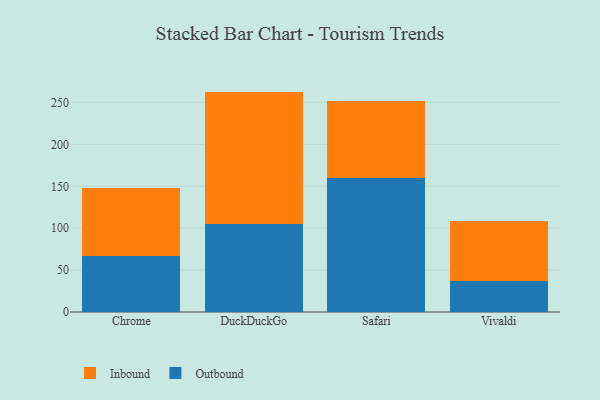
{"axis": {"x": "Browser", "y": "Temperature (°C)"}, "legend": ["Inbound", "Outbound"], "data": [{"x": "Chrome", "y": 67.2, "type": "Outbound"}, {"x": "Chrome", "y": 80.2, "type": "Inbound"}, {"x": "DuckDuckGo", "y": 104.6, "type": "Outbound"}, {"x": "DuckDuckGo", "y": 158.4, "type": "Inbound"}, {"x": "Safari", "y": 159.9, "type": "Outbound"}, {"x": "Safari", "y": 92.0, "type": "Inbound"}, {"x": "Vivaldi", "y": 37.1, "type": "Outbound"}, {"x": "Vivaldi", "y": 71.8, "type": "Inbound"}]}